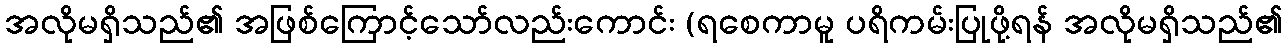
အလိုမရှိသည်၏ အဖြစ်ကြောင့်သော်လည်းကောင်း (ရစေကာမူ ပရိကမ်းပြုဖို့ရန် အလိုမရှိသည်၏